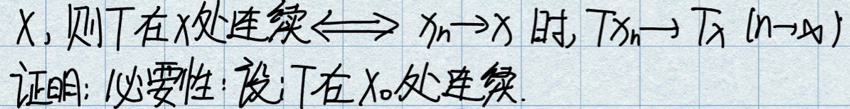
若\(x\)，则\(T\)在\(x\)处连续\(\Leftrightarrow x_{n}\to x\)时，\(Tx_{n}\to Tx(n\to\infty)\)

证明：必要性：设\(T\)在\(x_{0}\)处连续。